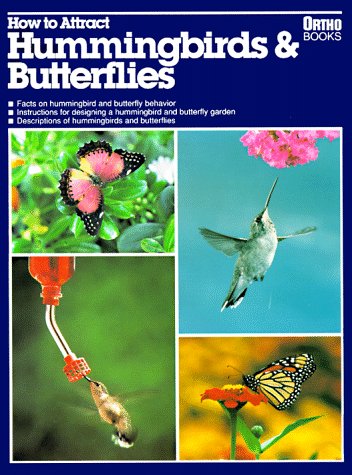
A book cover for How to Attract Hummingbirds & Butterflies; John V. Dennis; Sports & Outdoors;